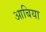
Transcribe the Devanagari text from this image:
आबिया